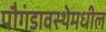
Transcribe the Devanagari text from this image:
पौगंडावस्थेमधील